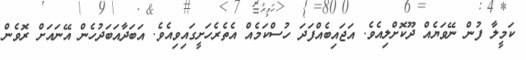
ކަމީލާ ފުން ނޭވަޔެއް ދޫކޮށްލިއެވެ. އަޖައިބެއްފަދަ ހުސްކަމެއް އެތެރެހަށީގައިވިއެވެ. އަބަދާއަބަދުހެން އޭނައަށް ރޮވެން